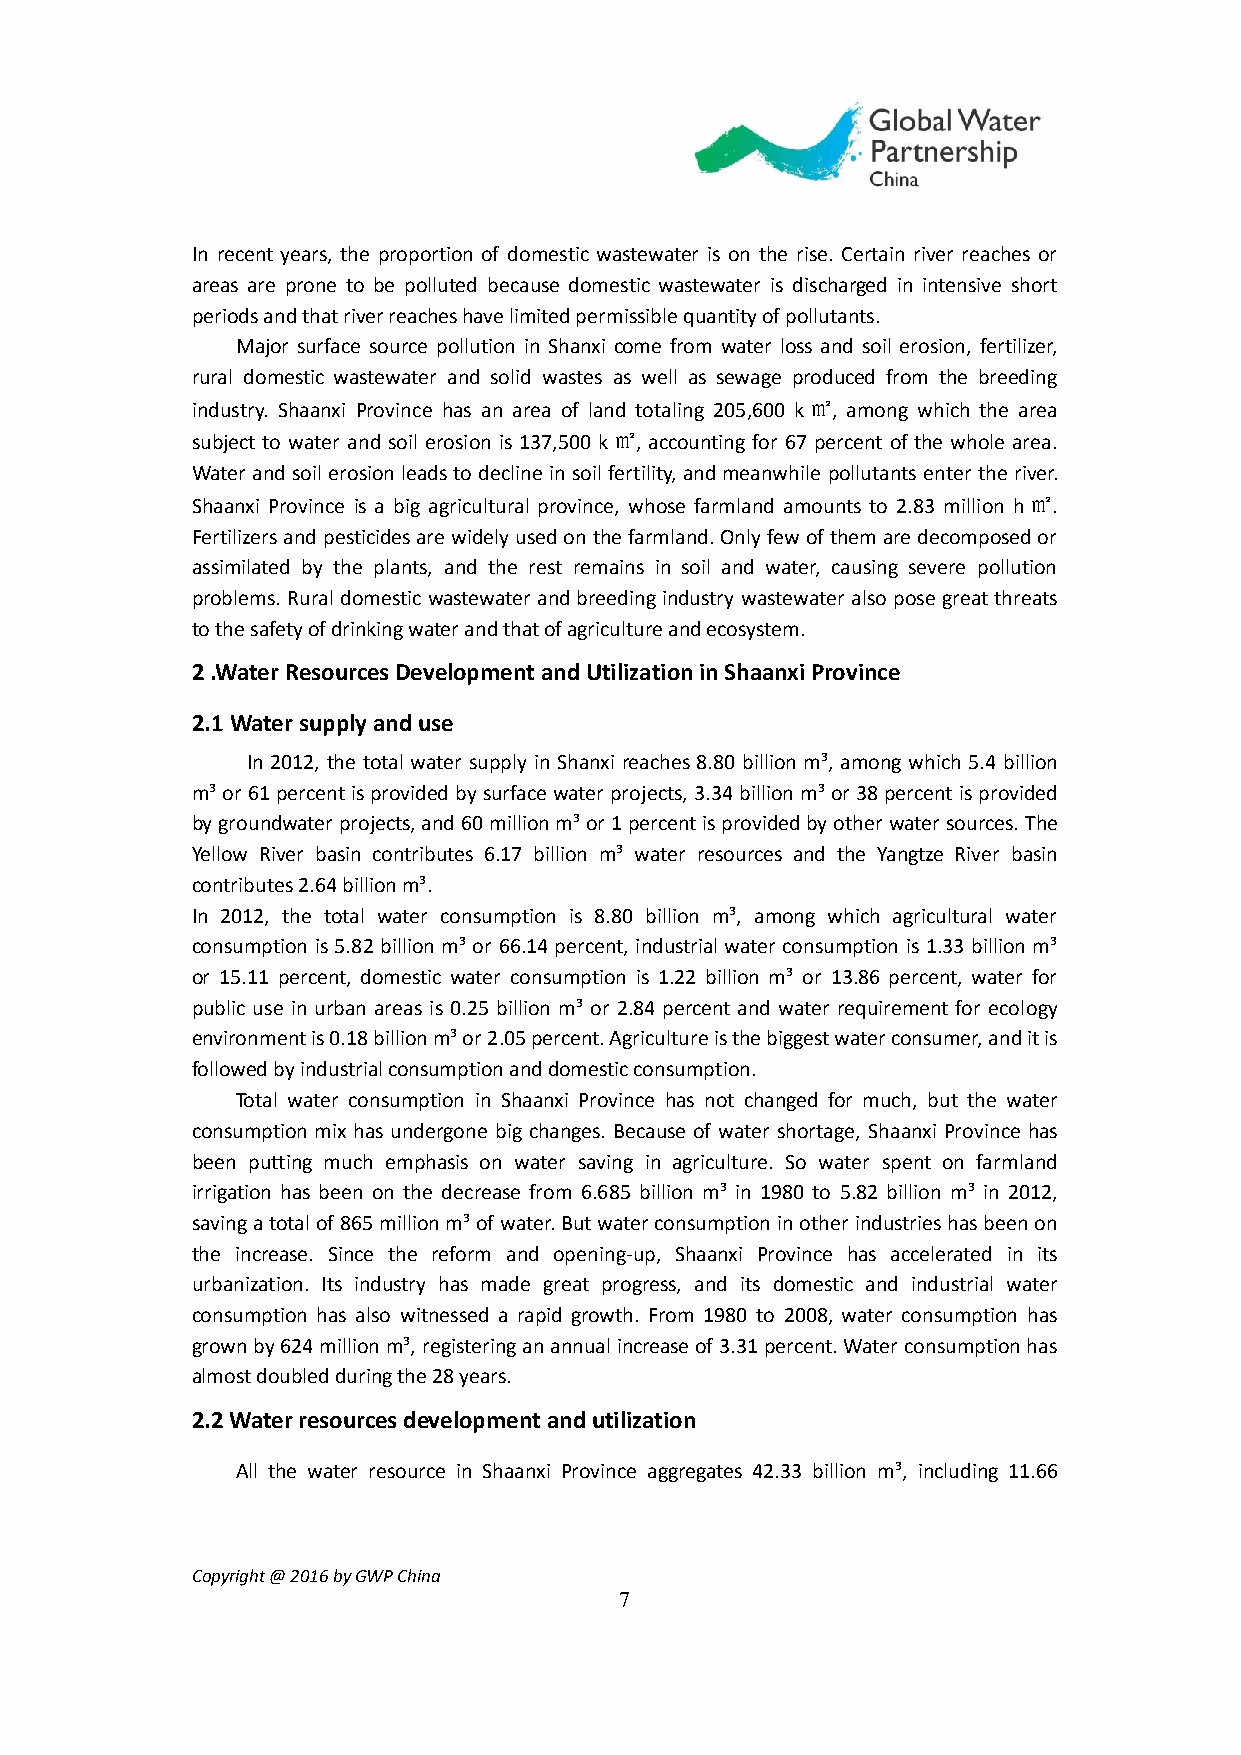
In recent years, the proportion of domestic wastewater is on the rise. Certain river reaches or
 areas are prone to be polluted because domestic wastewater is discharged in intensive short
 periods and that river reaches have limited permissible quantity of pollutants.
 Major surface source pollution in Shanxi come from water loss and soil erosion, fertilizer,
 rural domestic wastewater and solid wastes as well as sewage produced from the breeding
 industry. Shaanxi Province has an area of land totaling 205,600 k㎡, among which the area
 subject to water and soil erosion is 137,500 k㎡, accounting for 67 percent of the whole area.
 Water and soil erosion leads to decline in soil fertility, and meanwhile pollutants enter the river.
 Shaanxi Province is a big agricultural province, whose farmland amounts to 2.83 million h㎡.
 Fertilizers and pesticides are widely used on the farmland. Only few of them are decomposed or
 assimilated by the plants, and the rest remains in soil and water, causing severe pollution
 problems. Rural domestic wastewater and breeding industry wastewater also pose great threats
 to the safety of drinking water and that of agriculture and ecosystem.
 2 .Water Resources Development and Utilization in Shaanxi Province
 2.1 Water supply and use
 In 2012, the total water supply in Shanxi reaches 8.80 billion m³, among which 5.4 billion
 m³ or 61 percent is provided by surface water projects, 3.34 billion m³ or 38 percent is provided
 by groundwater projects, and 60 million m³ or 1 percent is provided by other water sources. The
 Yellow River basin contributes 6.17 billion m³ water resources and the Yangtze River basin
 contributes 2.64 billion m³.
 In 2012, the total water consumption is 8.80 billion m³, among which agricultural water
 consumption is 5.82 billion m³ or 66.14 percent, industrial water consumption is 1.33 billion m³
 or 15.11 percent, domestic water consumption is 1.22 billion m³ or 13.86 percent, water for
 public use in urban areas is 0.25 billion m³ or 2.84 percent and water requirement for ecology
 environment is 0.18 billion m³ or 2.05 percent. Agriculture is the biggest water consumer, and it is
 followed by industrial consumption and domestic consumption.
 Total water consumption in Shaanxi Province has not changed for much, but the water
 consumption mix has undergone big changes. Because of water shortage, Shaanxi Province has
 been putting much emphasis on water saving in agriculture. So water spent on farmland
 irrigation has been on the decrease from 6.685 billion m³ in 1980 to 5.82 billion m³ in 2012,
 saving a total of 865 million m³ of water. But water consumption in other industries has been on
 the increase. Since the reform and opening-up, Shaanxi Province has accelerated in its
 urbanization. Its industry has made great progress, and its domestic and industrial water
 consumption has also witnessed a rapid growth. From 1980 to 2008, water consumption has
 grown by 624 million m³, registering an annual increase of 3.31 percent. Water consumption has
 almost doubled during the 28 years.
 2.2 Water resources development and utilization
 All the water resource in Shaanxi Province aggregates 42.33 billion m³, including 11.66
 Copyright @ 2016 by GWP China
 7